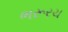
ભરૂરચ